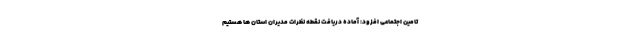
تامین اجتماعی افزود: آماده دریافت نقطه نظرات مدیران استان ها هستیم